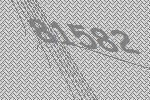
81582